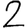
Digit: 2